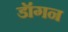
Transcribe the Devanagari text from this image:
डॉगन